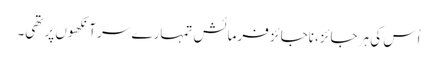
اُس کی ہر جائز، ناجائز فرمائش تمہارے سر آنکھوں پر تھی۔